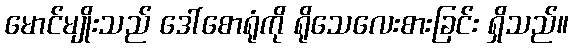
မောင်မျိုးသည် ဒေါ်စောရုံကို ရိုသေလေးစားခြင်း ရှိသည်။